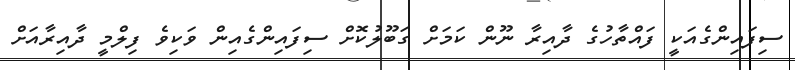
ސިފައިންގެއަކީ ފައްތާހުގެ ދާއިރާ ނޫން ކަމަށް ގަބޫލުކޮށް ސިފައިންގެއިން ވަކިވެ ފިލްމީ ދާއިރާއަށް